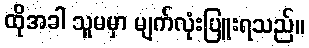
ထိုအခါ သူမမှာ မျက်လုံးပြူးရသည်။